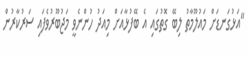
"އަޅުގަނޑަށް މައުލޫމާތު ލިބޭ ގޮތުގައި އެ ބޭފުޅާއަށް މިއަދު ހުންނެވީ މަޖުބޫރުވެފައި ސަރުކާރުން